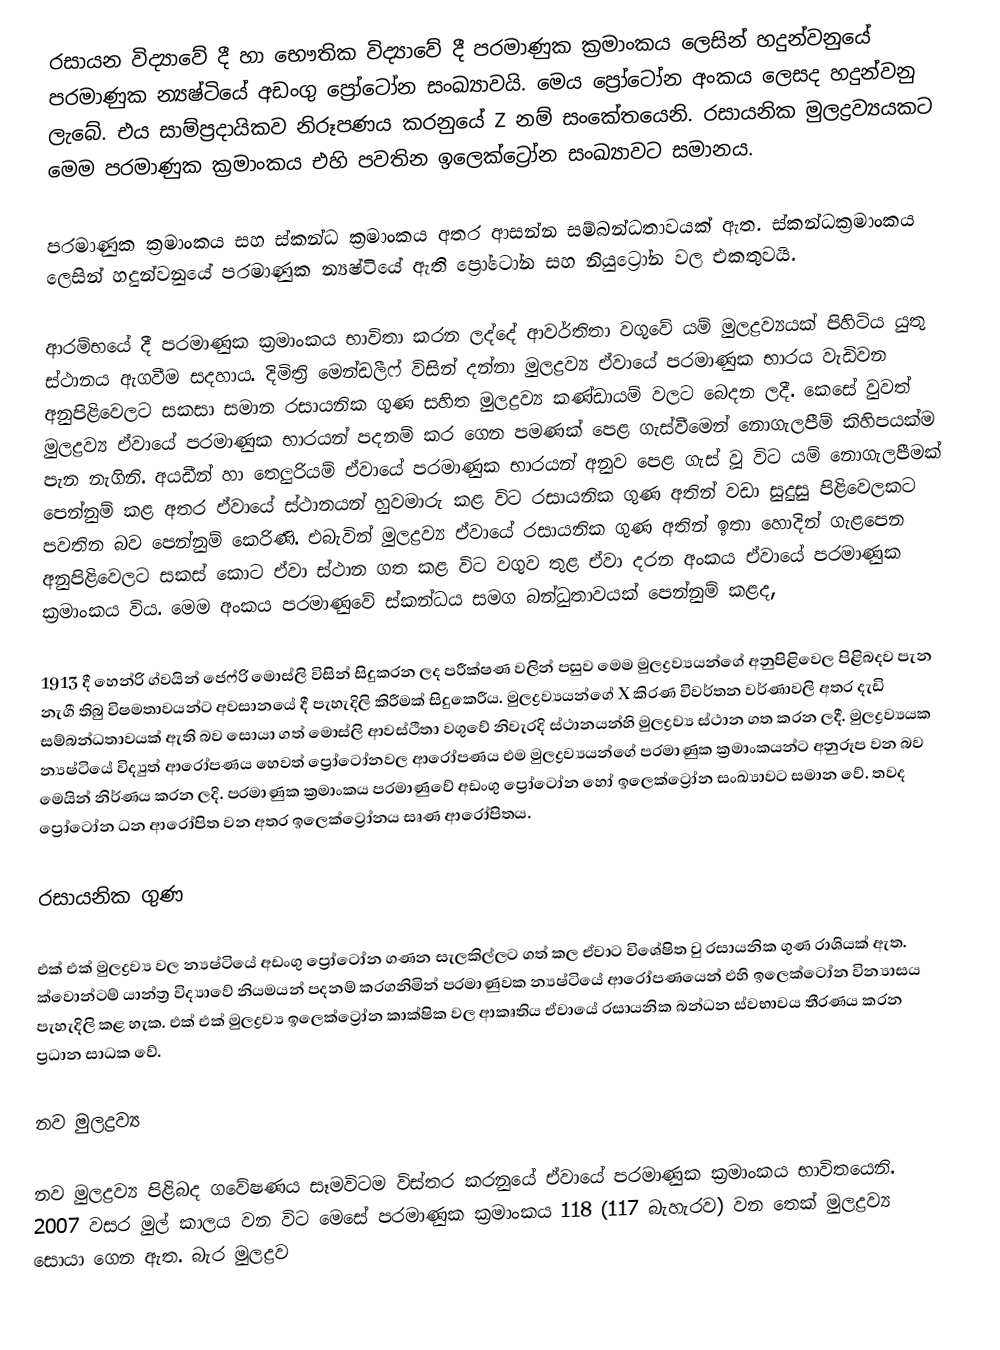
රසායන විද්‍යාවේ දී හා භෞතික විද්‍යාවේ දී පරමාණුක ක්‍රමාංකය ලෙසින් හදුන්වනුයේ පරමාණුක න්‍යෂ්ටියේ අඩංගු ප්‍රෝටෝන සංඛ්‍යාවයි. මෙය ප්‍රෝටෝන අංකය ලෙසද හදුන්වනු ලැබේ. එය සාම්ප්‍රදායිකව  නිරූපණය කරනුයේ Z නම් සංකේතයෙනි. රසායනික මුලද්‍රව්‍යයකට මෙම පරමාණුක ක්‍රමාංකය එහි පවතින ඉලෙක්ට්‍රෝන සංඛ්‍යාවට සමානය.

පරමාණුක ක්‍රමාංකය සහ ස්කන්ධ ක්‍රමාංකය අතර ආසන්න සම්බන්ධතාවයක් ඇත. ස්කන්ධක්‍රමාංකය ලෙසින් හදුන්වනුයේ පරමාණුක න්‍යෂ්ටියේ ඇති ප්‍රෝටෝන සහ නියුට්‍රෝන වල එකතුවයි.

ආරම්භයේ දී පරමාණුක ක්‍රමාංකය භාවිතා කරන ලද්දේ ආවර්තිතා වගුවේ යම් මුලද්‍රව්‍යයක් පිහිටිය යුතු ස්ථානය ඇගවීම සදහාය. දිමිත්‍රි මෙන්ඩලීෆ් විසින් දන්නා මුලද්‍රව්‍ය ඒවායේ පරමාණුක භාරය වැඩිවන අනුපිළිවෙලට සකසා සමාන රසායනික ගුණ සහිත මුලද්‍රව්‍ය කණ්ඩායම් වලට බෙදන ලදී. කෙසේ වුවත් මුලද්‍රව්‍ය ඒවායේ පරමාණුක  භාරයන් පදනම් කර ගෙන පමණක් පෙළ ගැස්වීමෙන් නොගැලපීම් කිහිපයක්ම පැන නැගිනි.  අයඩීන් හා තෙලුරියම් ඒවායේ පරමාණුක භාරයන් අනුව පෙළ ගැස් වූ විට යම් නොගැලපීමක් පෙන්නුම් කළ අතර ඒවායේ ස්ථානයන් හුවමාරු කළ විට  රසායනික ගුණ අතින් වඩා සුදුසු පිළිවෙලකට පවතින බව පෙන්නුම් කෙරිණි. එබැවින් මුලද්‍රව්‍ය ඒවායේ රසායනික ගුණ අතින් ඉතා හොදින් ගැළපෙන අනුපිළිවෙලට සකස් කොට ඒවා ස්ථාන ගත කළ විට වගුව තුළ ඒවා දරන අංකය ඒවායේ පරමාණුක ක්‍රමාංකය විය. මෙම අංකය පරමාණුවේ ස්කන්ධය සමග බන්ධුතාවයක් පෙන්නුම් කළද,

1913 දී හෙන්රි ග්වයින් ජෙෆ්රි මොස්ලි විසින් සිදුකරන ලද පරීක්ෂණ වලින් පසුව මෙම මුලද්‍රව්‍යයන්ගේ අනුපිළිවෙල පිළිබදව පැන නැගී තිබු විෂමතාවයන්ට අවසානයේ දී පැහැදිලි කිරීමක් සිදුකෙරීය. මුලද්‍රව්‍යයන්ගේ X කිරණ විවර්තන වර්ණාවලි අතර දැඩි සම්බන්ධතාවයක් ඇති බව සොයා ගත් මොස්ලි ආවස්ථිතා වගුවේ නිවැරදි ස්ථානයන්හි මුලද්‍රව්‍ය ස්ථාන ගත කරන ලදී. මුලද්‍රව්‍යයක න්‍යෂ්ටියේ විද්‍යුත් ආරෝපණය හෙවත් ප්‍රෝටෝනවල ආරෝපණය එම මුලද්‍රව්‍යයන්ගේ පරමාණුක ක්‍රමාංකයන්ට අනුරූප වන බව මෙයින් නිර්ණය කරන ලදි. පරමාණුක ක්‍රමාංකය පරමාණුවේ අඩංගු ප්‍රෝටෝන හෝ ඉ‍ලෙක්ට්‍රෝන සංඛ්‍යාවට සමාන වේ. තවද ප්‍රෝටෝන ධන ආරෝපිත වන අතර ඉලෙක්ට්‍රෝනය සෘණ ආරෝපිතය.

රසායනික ගුණ

එක් එක් මුලද්‍රව්‍ය වල න්‍යෂ්ටියේ අඩංගු ප්‍රෝටෝන ගණන සැලකිල්ලට ගත් කල ඒවාට විශේෂිත වු රසායනික ගුණ රාශියක් ඇත. ක්වොන්ටම් යාන්ත්‍ර විද්‍යාවේ නියමයන් පදනම් කරගනිමින් පරමාණුවක න්‍යෂ්ටියේ ආරෝපණයෙන් එහි ඉලෙක්ටෝන වින්‍යාසය පැහැදිලි කළ හැක. එක් එක් මුලද්‍රව්‍ය ඉලෙක්ට්‍රෝන කාක්ෂික වල ආකෘතිය ඒව‍ායේ රසායනික බන්ධන ස්වභාවය තීරණය කරන ප්‍රධාන සාධක වේ.

නව මුලද්‍රව්‍ය

නව මුලද්‍රව්‍ය පිළිබද ගවේෂණය සෑමවිටම විස්තර කරනුයේ ඒවායේ පරමාණුක ක්‍රමාංකය භාවිතයෙනි. 2007 වසර මුල් කාලය වන විට මෙසේ පරමාණුක ක්‍රමාංකය 118 (117 බැහැරව) වන තෙක් මුලද්‍රව්‍ය සොයා ගෙන ඇත. බැර මුලද්‍රව